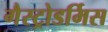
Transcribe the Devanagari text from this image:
गैस्ट्रोडर्मिस